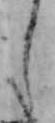
し